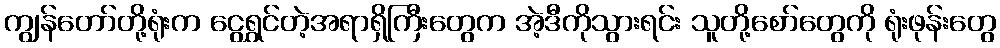
ကျွန်တော်တို့ရုံးက ငွေရွှင်တဲ့အရာရှိကြီးတွေက အဲ့ဒီကိုသွားရင်း သူတို့စော်တွေကို ရုံးဖုန်းတွေ